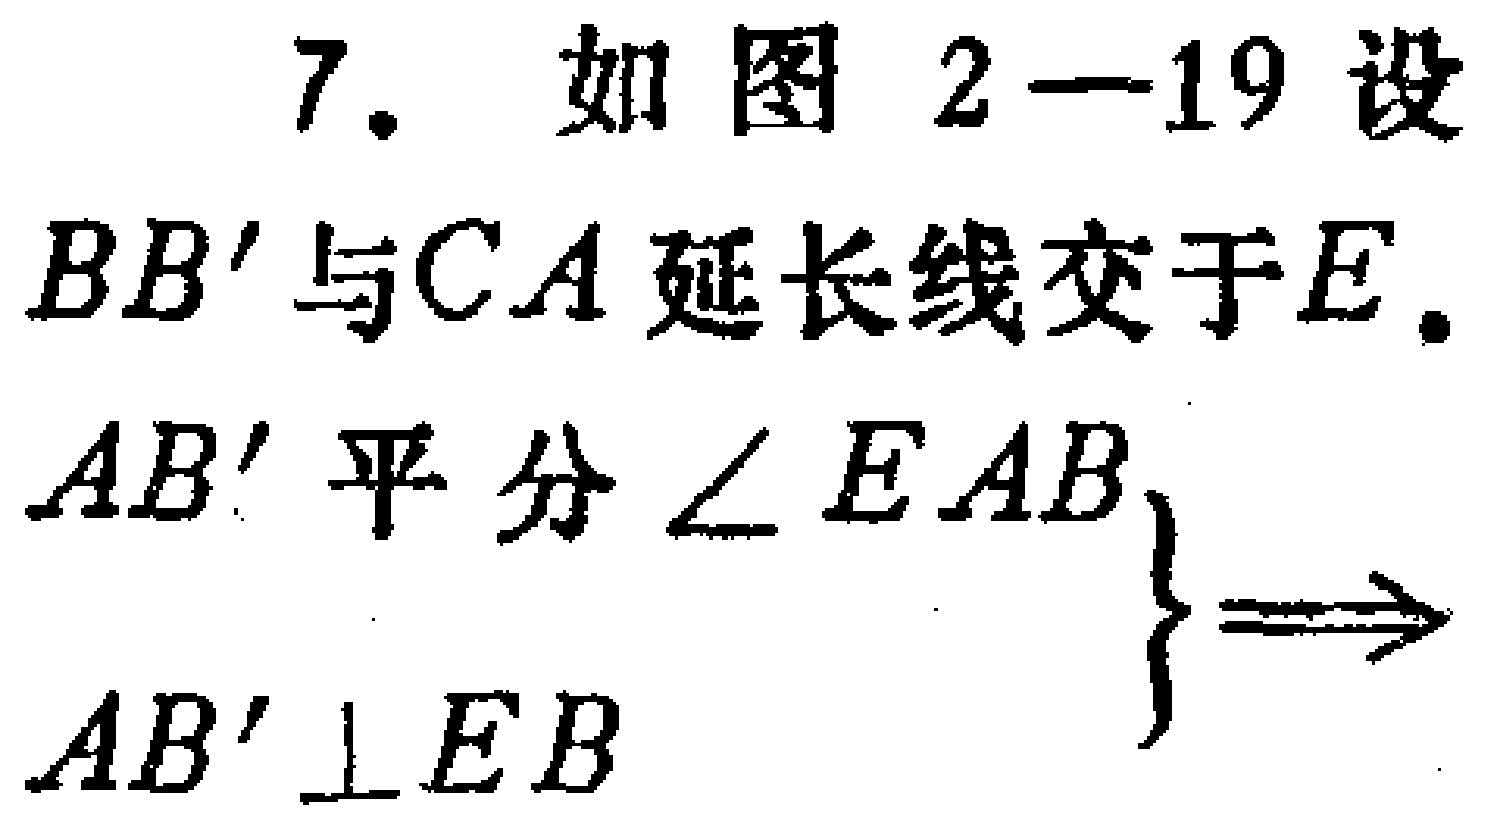
7. 如图2—19设
$BB'$与$CA$延长线交于$E$.
$\left.\begin{array}{l}
AB'\text{ 平分 }\angle EAB\\
AB'\perp EB
\end{array}\right\}\Longrightarrow$